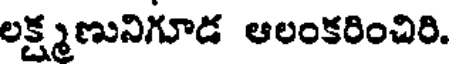
లక్ష్మణునిగూడ ఆలంకరించిరి.